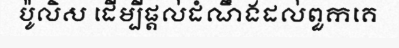
ប៉ូលិស ដើម្បីផ្តល់ដំណឹងដល់ពួកគេ